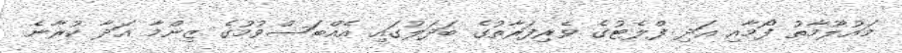
މައުލޫމާތު ފޯމާއި އަދި ފްލެޓުގެ ވެރިފަރާތުގެ ބަދަލުގައި އެއްބަސްވުމުގެ ޒިންމާ އަދާ ކުރާނެ